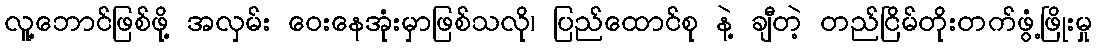
လူ့ဘောင်ဖြစ်ဖို့ အလှမ်း ဝေးနေအုံးမှာဖြစ်သလို၊ ပြည်ထောင်စု နဲ့ ချီတဲ့ တည်ငြိမ်တိုးတက်ဖွံ့ဖြိုးမှု